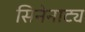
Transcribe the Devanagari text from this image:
सिनेनाट्य